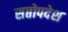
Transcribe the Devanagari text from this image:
सप्तोपदेश